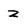
Character: z